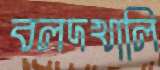
বলদখালি